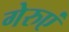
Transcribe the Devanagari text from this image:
गेरुएं